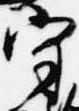
守